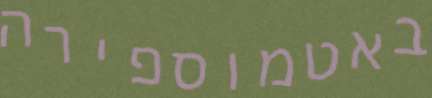
באטמוספירה